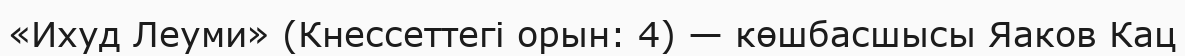
«Ихуд Леуми» (Кнессеттегі орын: 4) — көшбасшысы Яаков Кац